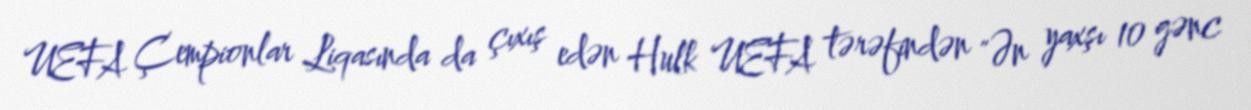
UEFA Çempionlar Liqasında da çıxış edən Hulk UEFA tərəfindən "Ən yaxşı 10 gənc